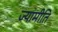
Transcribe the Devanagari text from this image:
ज्यामीति